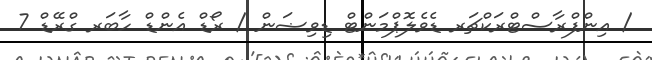
/ އިންފްރާސްޓްރަކްޗަރ ޑެވެލޮޕްމަންޓް ޑިވިޟަން / ރޯޑް އެންޑް ހާބަރ ގްރޭޑް 7